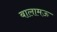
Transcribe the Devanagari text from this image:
बालामऊ